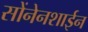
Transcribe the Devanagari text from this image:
सोंनेनशाईन